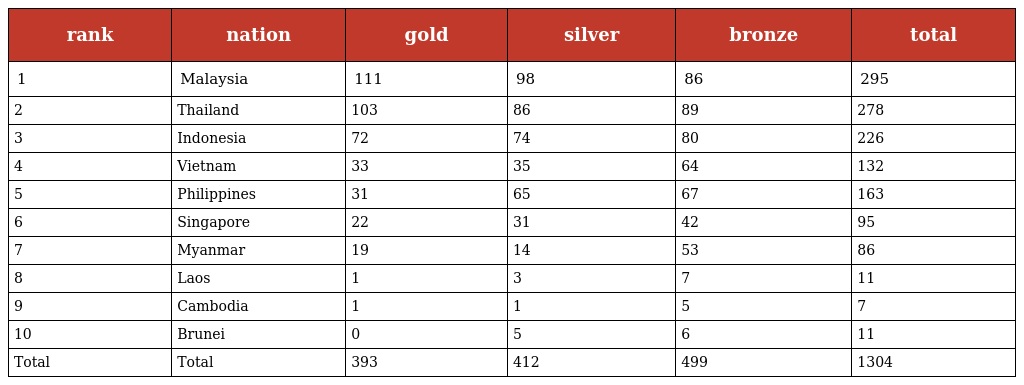
| rank | nation | gold | silver | bronze | total |
 | --- | --- | --- | --- | --- | --- |
 | 1 | Malaysia | 111 | 98 | 86 | 295 |
 | 2 | Thailand | 103 | 86 | 89 | 278 |
 | 3 | Indonesia | 72 | 74 | 80 | 226 |
 | 4 | Vietnam | 33 | 35 | 64 | 132 |
 | 5 | Philippines | 31 | 65 | 67 | 163 |
 | 6 | Singapore | 22 | 31 | 42 | 95 |
 | 7 | Myanmar | 19 | 14 | 53 | 86 |
 | 8 | Laos | 1 | 3 | 7 | 11 |
 | 9 | Cambodia | 1 | 1 | 5 | 7 |
 | 10 | Brunei | 0 | 5 | 6 | 11 |
 | Total | Total | 393 | 412 | 499 | 1304 |